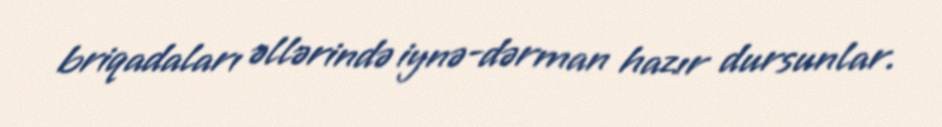
briqadaları əllərində iynə-dərman hazır dursunlar.